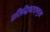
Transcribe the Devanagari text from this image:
प्रसिद्धिपराङ्‍मुख